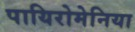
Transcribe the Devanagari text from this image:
पायिरोमेनिया